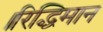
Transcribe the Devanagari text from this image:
।रिद्धिमान